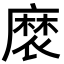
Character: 𮮉